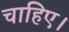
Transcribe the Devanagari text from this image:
चाहिए।